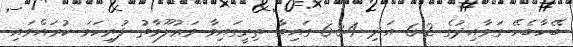
ބޭހާބެހޭ ގަވާއިދުގެ 6.2 އަދި 6.8.4 ގައިވާ ތިރީގައިވާ މަޢުލޫމާތު ފުރިހަމަ ކުރައްވައި